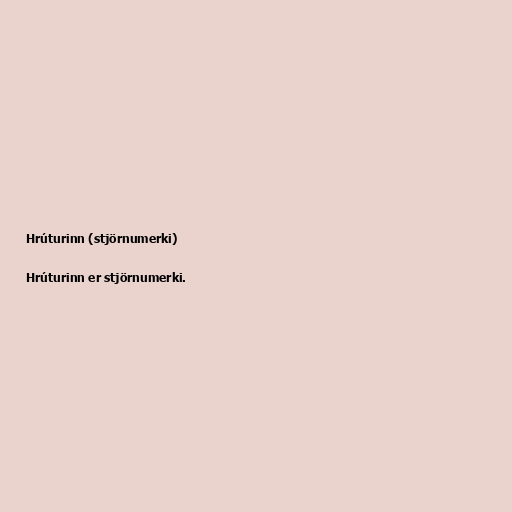
Hrúturinn (stjörnumerki)

Hrúturinn er stjörnumerki.